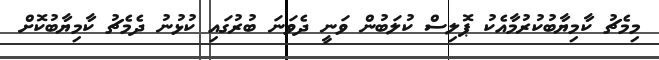
މިމެޗު ކާމިޔާބުކުރުމާއެކު ޕޮލިސް ކުލަބުން ވަނީ ދެވަނަ ބުރުގައި ކުޅުނު ދެމެޗު ކާމިޔާބުކޮށް